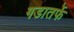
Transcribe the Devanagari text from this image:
गडातर्फे